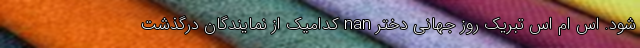
شود. اس ام اس تبریک روز جهانی دختر nan کدامیک از نمایندگان درگذشت